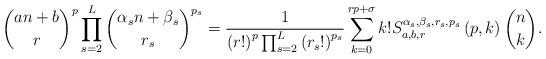
LaTeX: \begin{align*}\binom{an+b}{r}^{p}\prod_{s=2}^{L}\binom{\alpha _{s}n+\beta _{s}}{r_{s}}^{p_{s}}=\frac{1}{\left( r!\right) ^{p}\prod_{s=2}^{L}\left( r_{s}!\right)^{p_{s}}}\sum_{k=0}^{rp+\sigma }k!S_{a,b,r}^{\alpha _{s},\beta_{s},r_{s},p_{s}}\left( p,k\right) \binom{n}{k}. \end{align*}